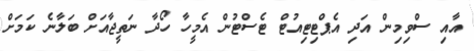
އާއި ސްވިމިން އަދި އެޕްޓިޓިއުޓް ޓެސްޓުން އެމީހާ ހޯދާ ނަތީޖާއަށް ބަލާނެ ކަމަށް